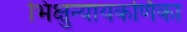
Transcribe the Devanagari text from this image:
भिक्षुन्यायकर्णिका